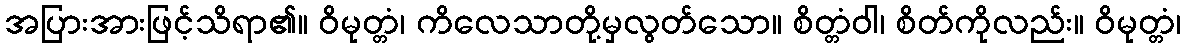
အပြားအားဖြင့်သိရာ၏။ ဝိမုတ္တံ၊ ကိလေသာတို့မှလွတ်သော။ စိတ္တံဝါ၊ စိတ်ကိုလည်း။ ဝိမုတ္တံ၊